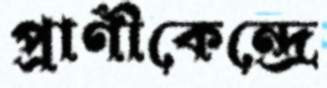
প্রাণীকেন্দ্রে